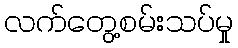
လက်တွေ့စမ်းသပ်မှု